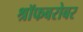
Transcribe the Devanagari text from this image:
श्रॉफबरोबर